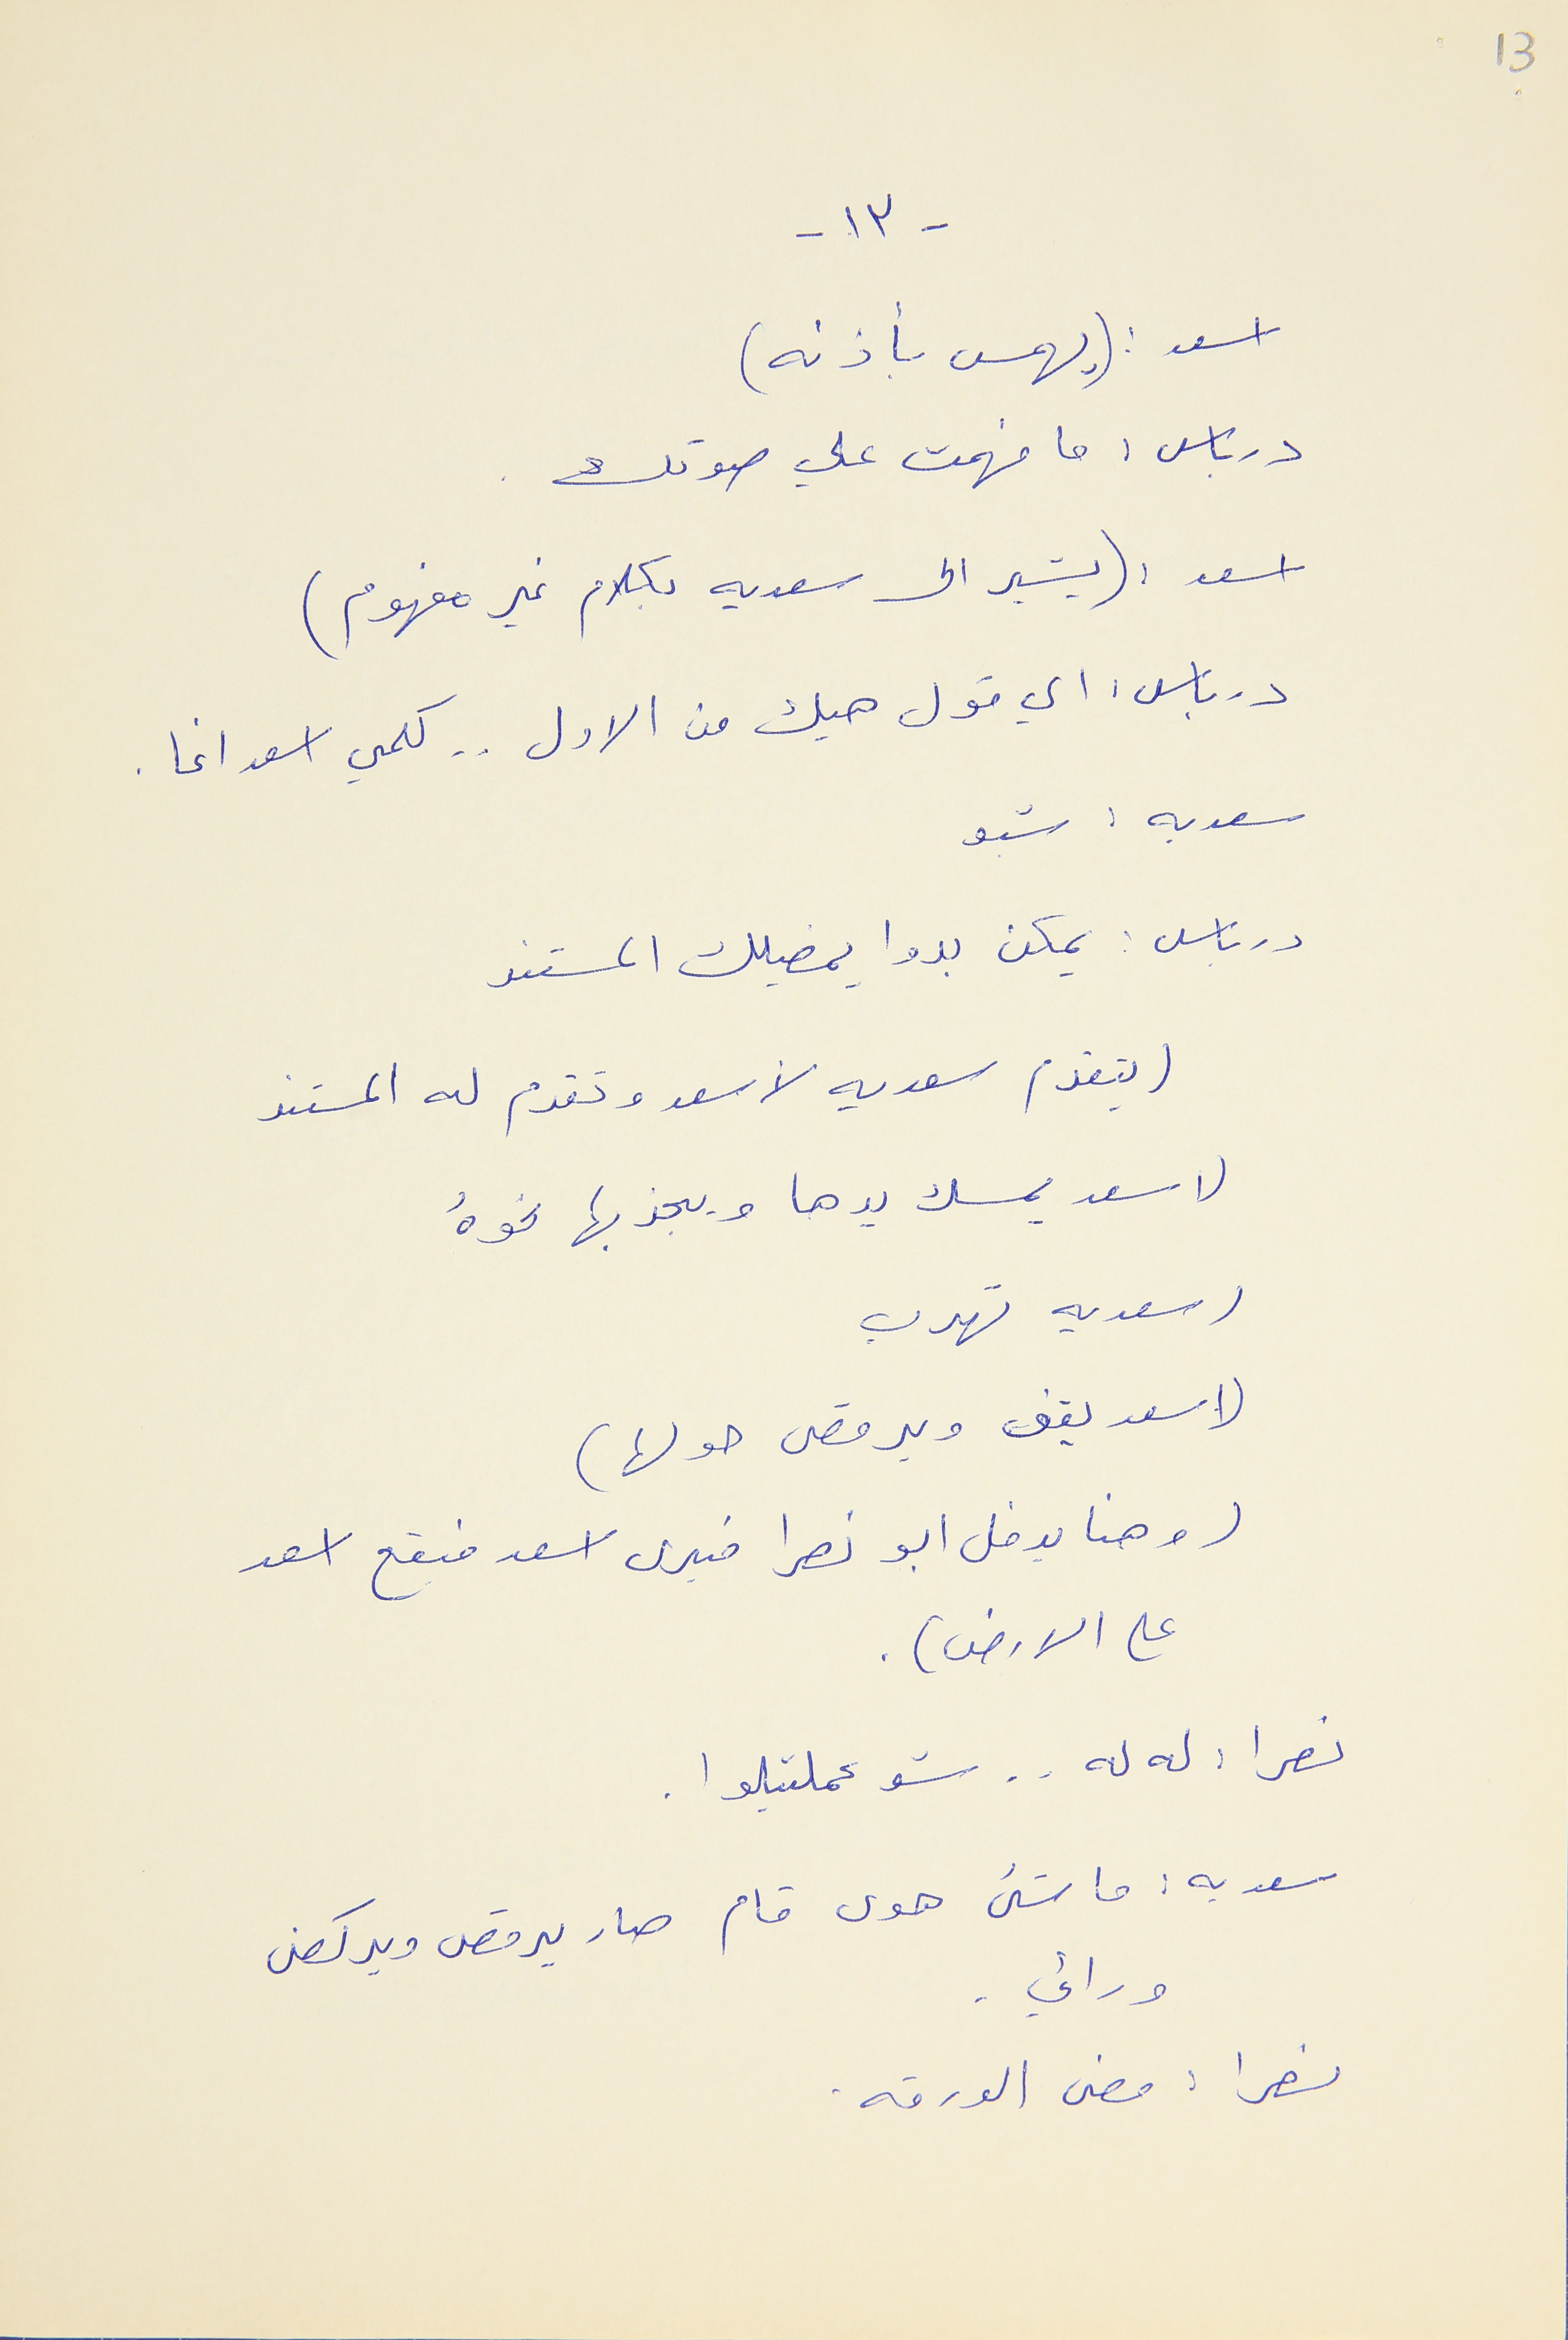
13
- ١٣ -
اسعد : (يهمس بأذنه)
درباس : ما فهمت علي صوتك
اسعد : (يشير الى سعديه بكلام غير مفهوم)
درباس : اي قول هيك من الاول . . كلمي اسعد اغا .
سعديه : شبو
درباس : يمكن بدوا يمضيلك المستند
(بتقدم سعديه لأسعد وتقدم له المستند
(اسعد يمسك يدها ويجذبها نحوهُ
(سعديه تهرب
(اسعد يقف ويرقص حولها )
( وهنا يدخل ابو نصرا فيرى اسعد فيقع اسعد
على الارض) .
نصرا :له له . . شو عملتيلوا .
سعديه : ما شىء هوى قام صار يرقص ويركض
ورائي .
نصرا : مضى الورقه .